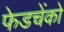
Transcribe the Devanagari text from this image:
फेडचेंको